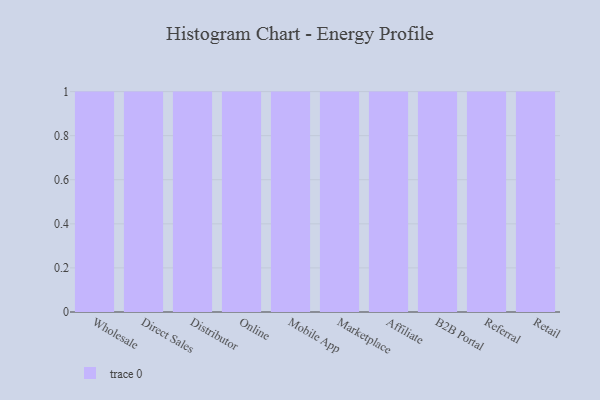
{"axis": {"x": "Channel", "y": "Production Output"}, "legend": [""], "data": [{"x": "Wholesale", "y": 5, "type": ""}, {"x": "Direct Sales", "y": 93, "type": ""}, {"x": "Distributor", "y": 76, "type": ""}, {"x": "Online", "y": 8, "type": ""}, {"x": "Mobile App", "y": 4, "type": ""}, {"x": "Marketplace", "y": 15, "type": ""}, {"x": "Affiliate", "y": 13, "type": ""}, {"x": "B2B Portal", "y": 10, "type": ""}, {"x": "Referral", "y": 50, "type": ""}, {"x": "Retail", "y": 67, "type": ""}]}